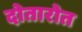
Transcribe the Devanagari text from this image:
दोतारोत